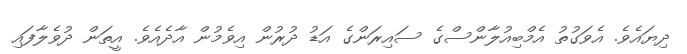
ދިޔައެވެ. އެވަގުތު އެމްބިއުލާންސްގެ ސައިރަންގެ އަޑު ދުރުން އިވެމުން އާދެއެވެ. އީތަން ދުވެލާފައި